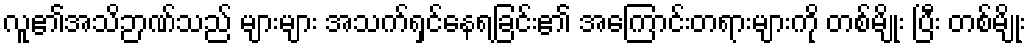
လူ၏အသိဉာဏ်သည် များများ အသက်ရှင်နေရခြင်း၏ အကြောင်းတရားများကို တစ်မျိုး ပြီး တစ်မျိုး